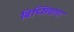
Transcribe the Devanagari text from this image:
बिच्छिवारा